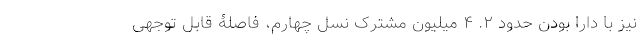
نیز با دارا بودن حدود ۲. ۴ میلیون مشترک نسل چهارم، فاصلۀ قابل توجهی